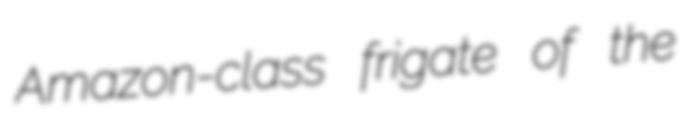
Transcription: Amazon-class frigate of the